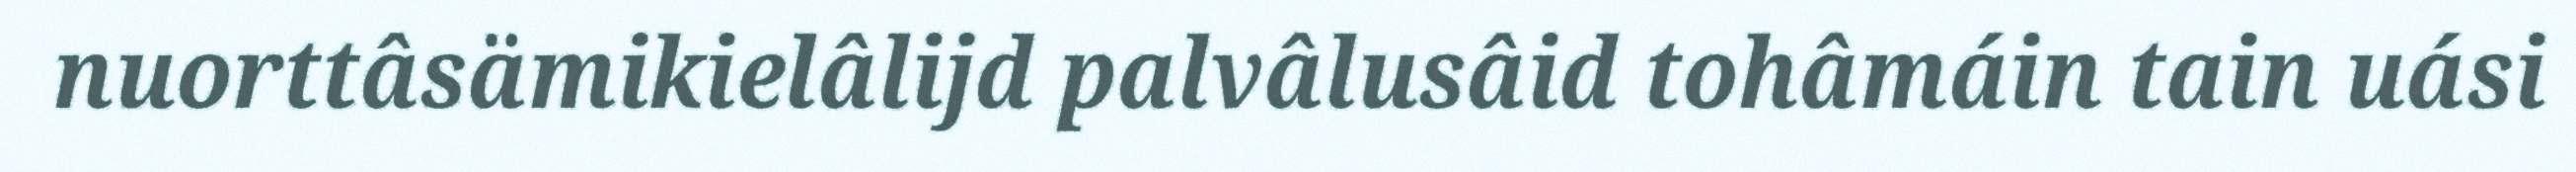
nuorttâsämikielâlijd palvâlusâid tohâmáin tain uási